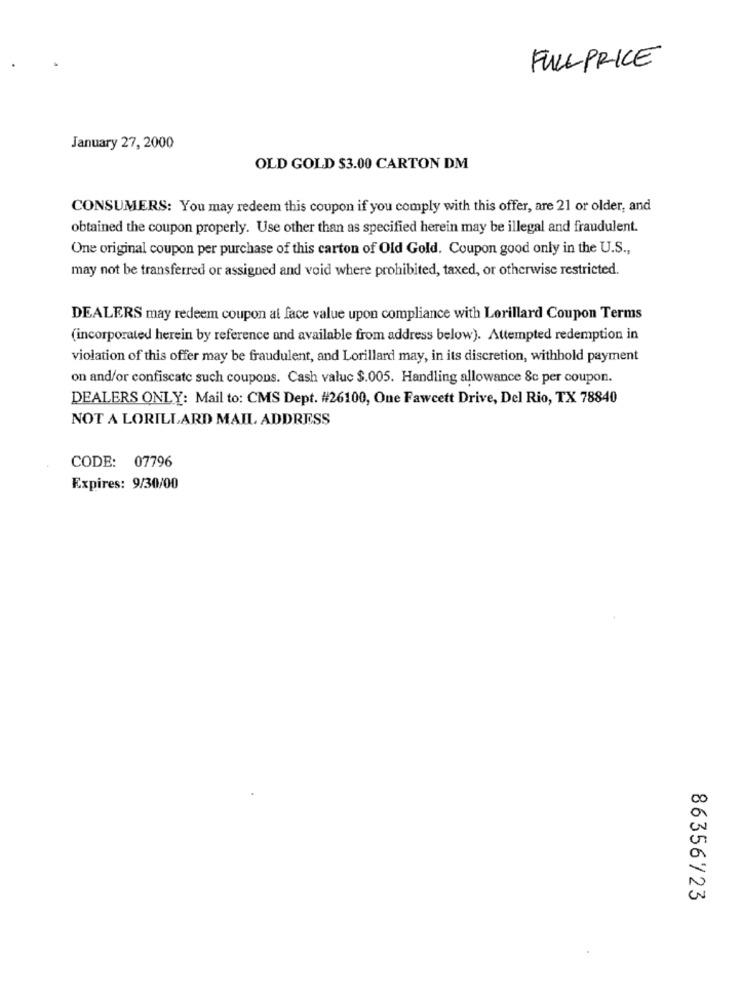
FULL PRICE
January 27, 2000
OLD GOLD $3.00 CARTON DM
CONSUMERS: You may redeem this coupon if you comply with this offer, are 21 or older, and
obtained the coupon properly. Use other than as specified herein may be illegal and fraudulent.
One original coupon per purchase of this carton of Old Gold. Coupon good only in the U.S .,
may not be transferred or assigned and void where prohibited, taxed, or otherwise restricted.
DEALERS may redeem coupon at face value upon compliance with Lorillard Coupon Terms
(incorporated herein by reference and available from address below). Attempted redemption in
violation of this offer may be fraudulent, and Lorillard may, in its discretion, withhold payment
on and/or confiscate such coupons. Cash value $.005. Handling allowance 8c per coupon.
DEALERS ONLY: Mail to: CMS Dept. #26100, One Fawcett Drive, Del Rio, TX 78840
NOT A LORILLARD MAIL ADDRESS
CODE: 07796
Expires: 9/30/00
86356723